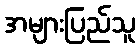
အများပြည်သူ